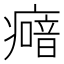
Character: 𤺵